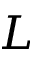
L